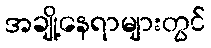
အချို့နေရာများတွင်